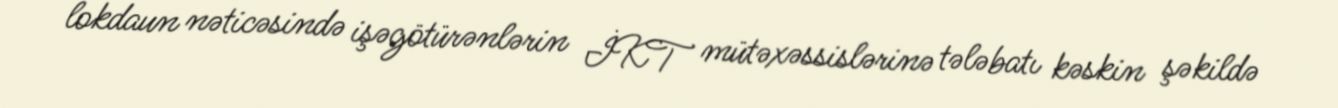
lokdaun nəticəsində işəgötürənlərin İKT mütəxəssislərinə tələbatı kəskin şəkildə